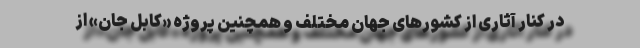
در کنار آثاری از کشورهای جهان مختلف و همچنین پروژه «كابل جان» از